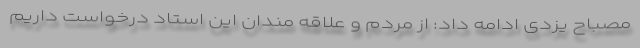
مصباح یزدی ادامه داد: از مردم و علاقه مندان این استاد درخواست داریم